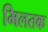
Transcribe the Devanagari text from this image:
मिलतक